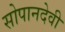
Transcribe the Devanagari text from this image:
सोपानदेवी